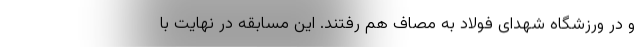
و در ورزشگاه شهدای فولاد به مصاف هم رفتند. این مسابقه در نهایت با